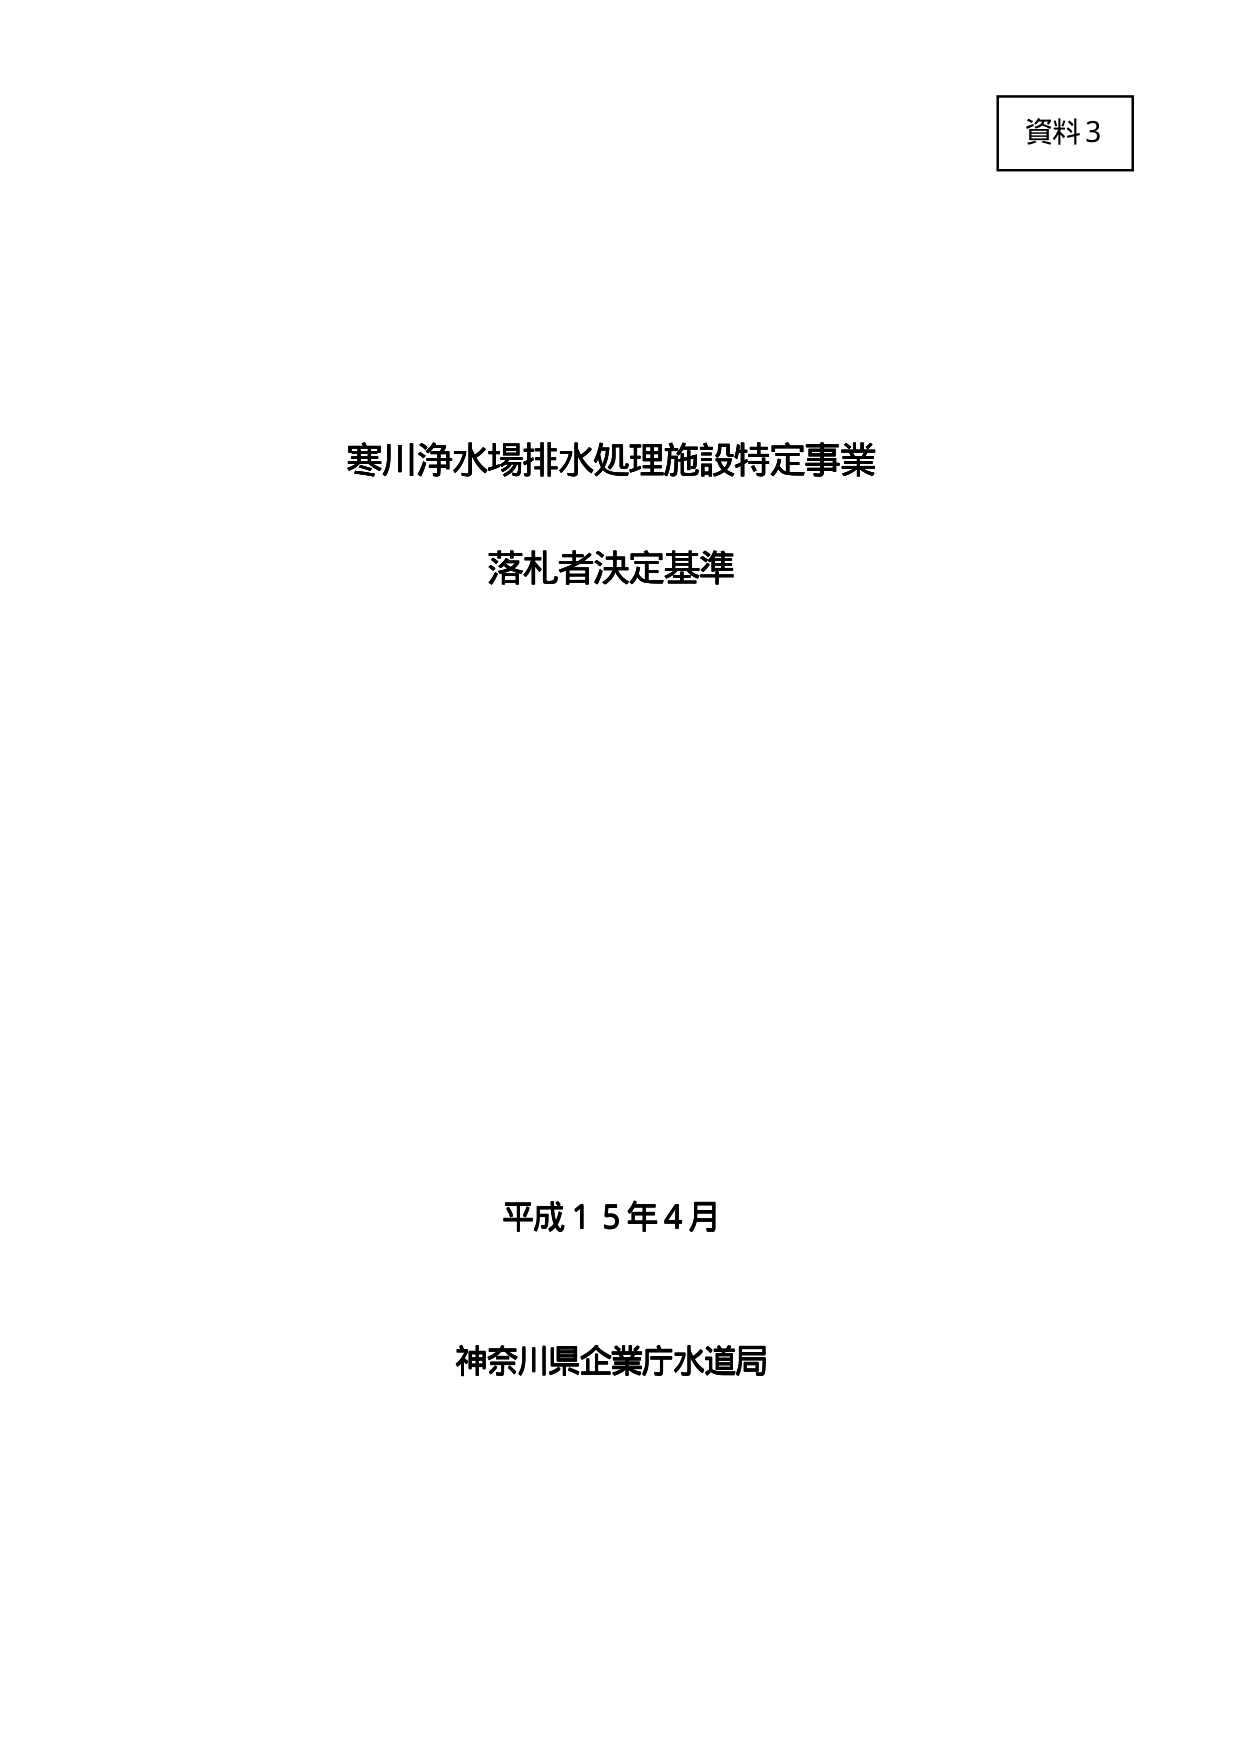
資料3

寒川浄水場排水処理施設特定事業
落札者決定基準

平成15年4月
神奈川県企業庁水道局